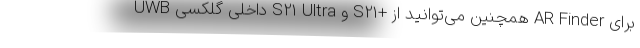
UWB داخلی گلکسی S21 Ultra و S21+ همچنین می‌توانید از AR Finder برای